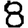
Digit: 8